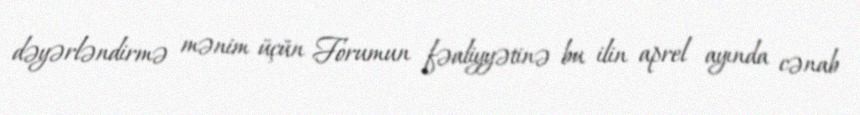
dəyərləndirmə mənim üçün Forumun fəaliyyətinə bu ilin aprel ayında cənab